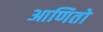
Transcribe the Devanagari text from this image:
आणितो